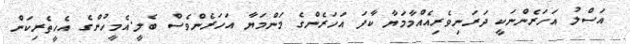
އަސްލު އަހަރެންނަކީ ދަރަނިވެރިއެއްމާމަޔާ ކާފަ އަހަރެންގެ މަންމަޔާ އަހަރެންވެސް ބެލީ.އެމީހުންގެ އެހީތެރިކަން